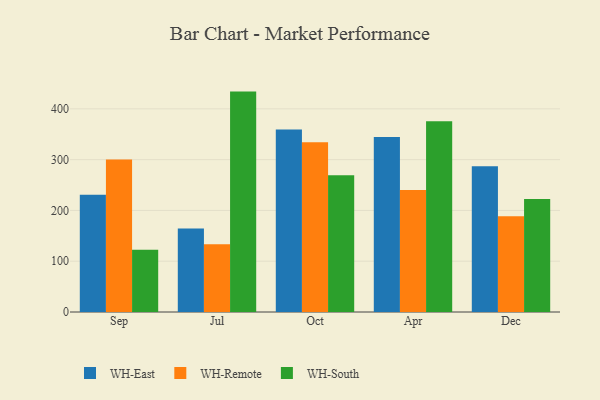
{"axis": {"x": "Month", "y": "Demand Index"}, "legend": ["WH-East", "WH-Remote", "WH-South"], "data": [{"x": "Sep", "y": 230.9, "type": "WH-East"}, {"x": "Sep", "y": 300.4, "type": "WH-Remote"}, {"x": "Sep", "y": 122.6, "type": "WH-South"}, {"x": "Jul", "y": 164.5, "type": "WH-East"}, {"x": "Jul", "y": 133.5, "type": "WH-Remote"}, {"x": "Jul", "y": 434.0, "type": "WH-South"}, {"x": "Oct", "y": 359.2, "type": "WH-East"}, {"x": "Oct", "y": 334.1, "type": "WH-Remote"}, {"x": "Oct", "y": 269.3, "type": "WH-South"}, {"x": "Apr", "y": 344.8, "type": "WH-East"}, {"x": "Apr", "y": 240.4, "type": "WH-Remote"}, {"x": "Apr", "y": 375.5, "type": "WH-South"}, {"x": "Dec", "y": 287.2, "type": "WH-East"}, {"x": "Dec", "y": 188.6, "type": "WH-Remote"}, {"x": "Dec", "y": 222.4, "type": "WH-South"}]}